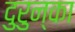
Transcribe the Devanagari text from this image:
दुरुन्का